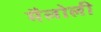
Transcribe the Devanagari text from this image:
मैलोली